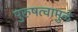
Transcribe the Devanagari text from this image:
पुरुषत्वामुळे